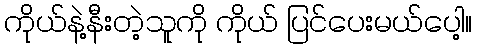
ကိုယ်နဲ့နီးတဲ့သူကို ကိုယ် ပြင်ပေးမယ်ပေါ့။